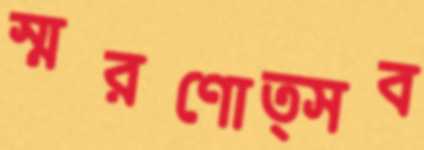
স্মরণোত্সব